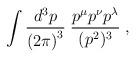
LaTeX: \begin{align*}\int \frac{d^3 p}{ {(2 \pi)}^3 } \; \frac{ p^{\mu} p^{\nu}p^{\lambda} }{( p^2 )^3} \;,\end{align*}